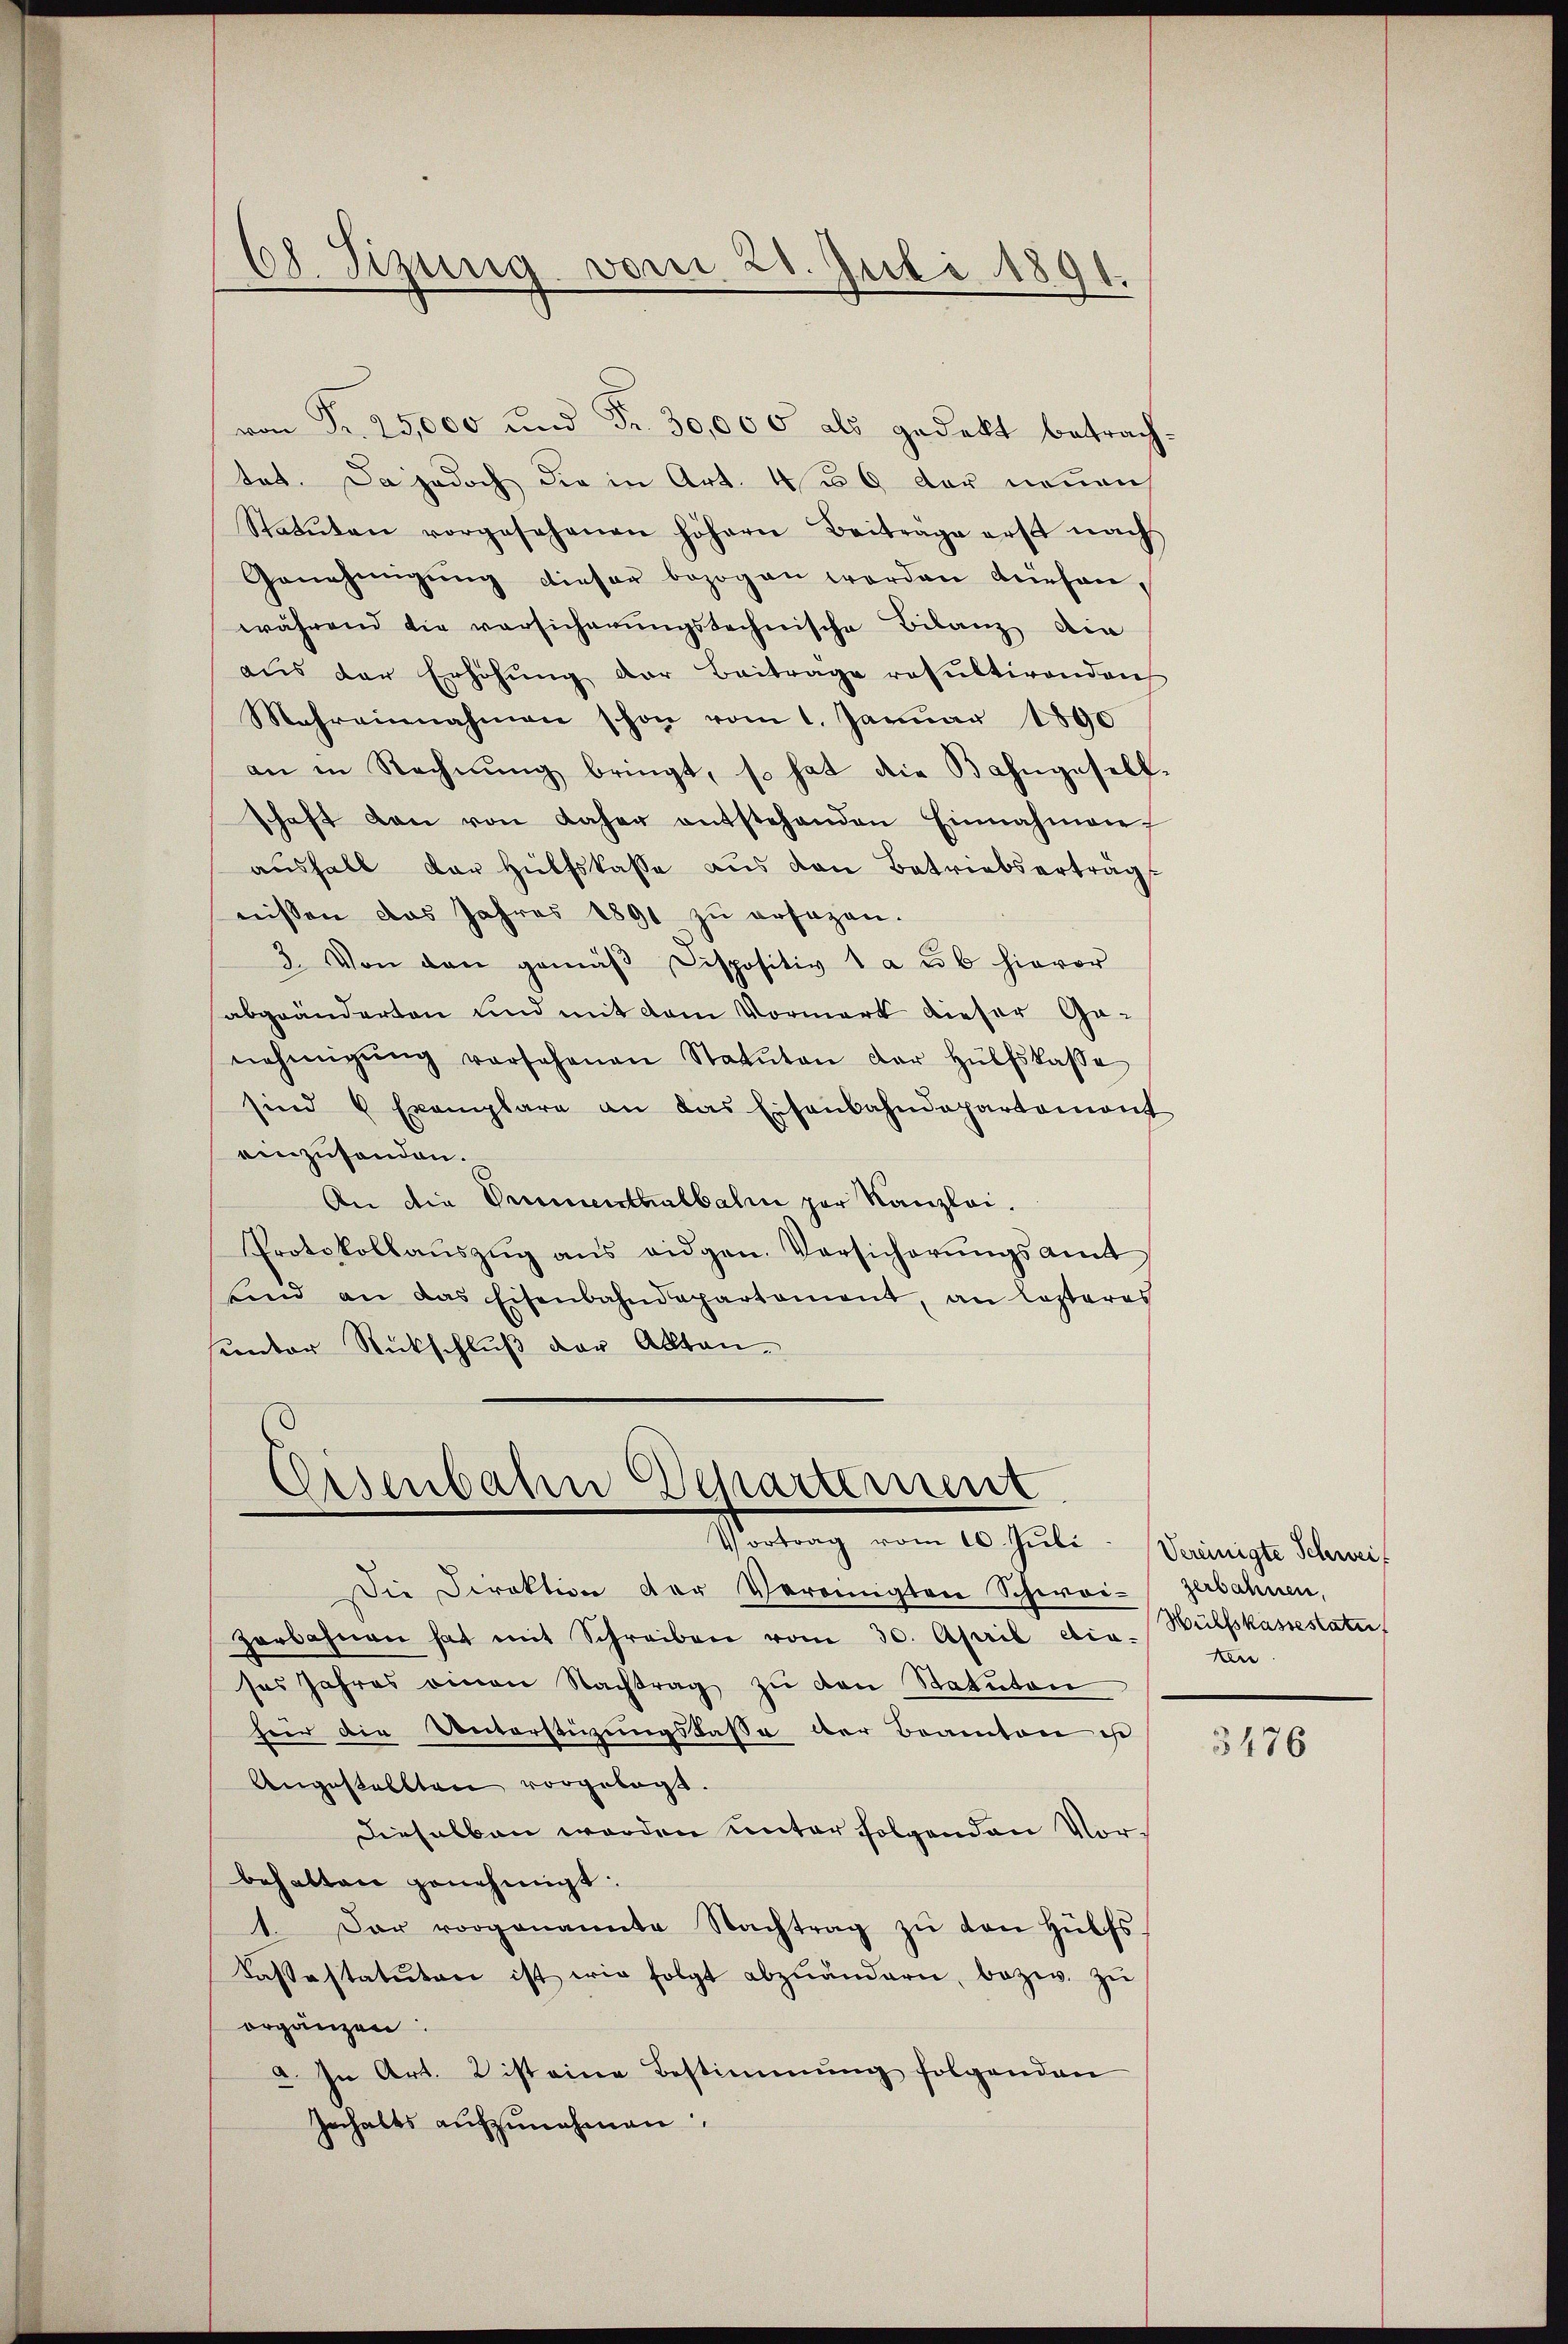
von Fr. 25,000 und Fr. 30,000 als gedekt betrach-
tet. Da jedoch die in Art. 46 der neuen
Statuten vorgesehenen höhern Beiträge erst nach
Genehmigŭng dieser bezogen worden dürfen,
während die versicherŭngstechnische Bilanz die
aŭs der Erhöhŭng der Beitrage resultirenden
Mehreinnahmen schon vom 1. Januar 1890
an in Rechnŭng bringt, so hat die Bahngesell-
schaft den von daher entstehenden Einnahmen
ausfall der Hülfskasse aus den Betriebserträg
nissen das Jahres 1891 zu ersezen.
3. Von den gemäβ Dispositiv 1 a ub hievor
abgeänderten und mit dem Vormerk dieser Ga-
nehmigŭng vorsehenen Statuten der Hülfskasse
sind & Exemplare an das Eisenbahndepartement
einzuhanden.
An die Dimenthalbahn zur Kanzlei.
Protokollaŭszŭg ans eidgen. Versicherŭngsamt
sind an das Eisenbahndepartement, an lezteres
sunter Rückschluß der Alltan¬

68. Sizung vom 20. Juli 1891.

Eisenbahn Departement
Vortrag vom 10. Juli: Vereinigte Schwei

Die Direktion der Vereinigten Schweizerbahnen,
zerbahnen hat mit Schreiben vom 30. April etia-
ses Jahres einen Nachtrag zu den Statuten
heer die Unterstirungskasse der Beamten ist
Angestellten vorgelegt.
dieselben werden unter folgenden Vorbehalten genehmigt:
1. Der vorgenannte Nachtrag zŭ den Hülfs-
Cassastatuten ist wir folgt abzuändern, bezw. zŭ
orgänzen:
a. In Art. 2 ist eine Bestimmung folgenden
Inhalts aufzunehmen

Hülfskassestatut
ten.

3476